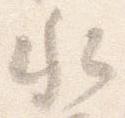
水